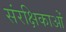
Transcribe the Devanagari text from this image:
संरक्षिकाओं